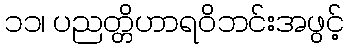
၁၁၊ ပညတ္တိဟာရဝိဘင်းအဖွင့်